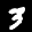
Label: 3